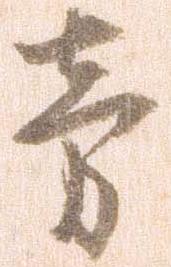
旁